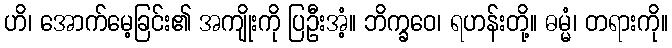
ဟိ၊ အောက်မေ့ခြင်း၏ အကျိုးကို ပြဦးအံ့။ ဘိက္ခဝေ၊ ရဟန်းတို့။ ဓမ္မံ၊ တရားကို။